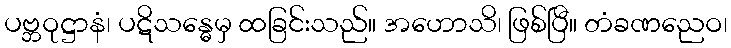
ပဗ္ဘဝုဋ္ဌာနံ၊ ပဋိသန္ဓေမှ ထခြင်းသည်။ အဟောသိ၊ ဖြစ်ပြီ။ တံခဏညေဝ၊